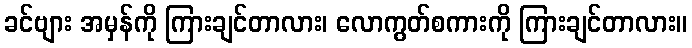
ခင်ဗျား အမှန်ကို ကြားချင်တာလား၊ လောကွတ်စကားကို ကြားချင်တာလား။